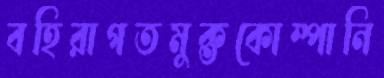
বহিরাগতমুক্তকোম্পানি